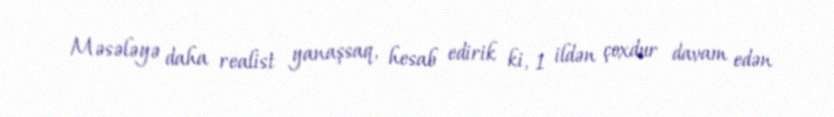
Məsələyə daha realist yanaşsaq, hesab edirik ki, 1 ildən çoxdur davam edən